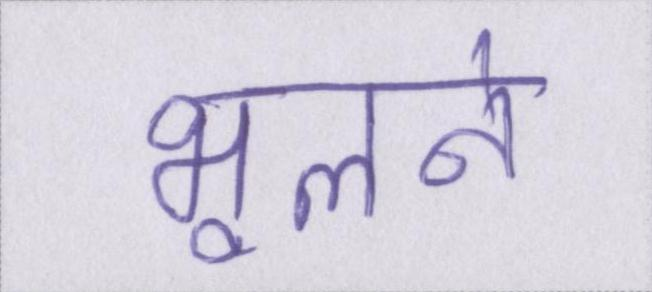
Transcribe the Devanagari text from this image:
भूलने